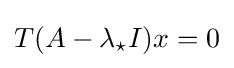
T(A-\lambda _{\star }I)x=0